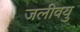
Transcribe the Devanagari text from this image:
जलीवयु